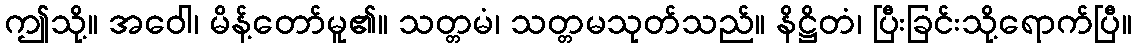
ဤသို့။ အဝေါ၊ မိန့်တော်မူ၏။ သတ္တမံ၊ သတ္တမသုတ်သည်။ နိဋ္ဌိတံ၊ ပြီးခြင်းသို့ရောက်ပြီ။